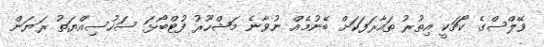
ވޭލްސްގެ ކޯޗަކީ އިތުރު ތައާރަފަކަށް ބޭނުމެއް ނުވާނެ މަޝްހޫރު ފުޓްބޯޅަ ސަހުސިއްޔަތު ރަޔަން